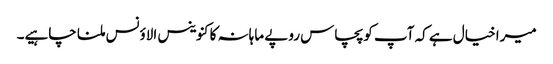
میرا خیال ہے کہ آپ کو پچاس روپے ماہانہ کا کنوینس الاؤنس ملنا چاہیے۔